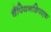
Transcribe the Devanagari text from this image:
चैंपियनशिपएक